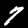
Digit: 7